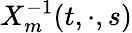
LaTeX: X_{m}^{-1}(t,\cdot,s)